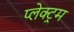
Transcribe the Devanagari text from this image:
प्लेक्ट्रम